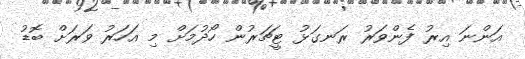
އަންނަ އިރު ފެންވަރު ރަނގަޅު ޓީޗަރުން ހޯދުމަށް މި އަހަރު ވަރަށް ބޮޑު